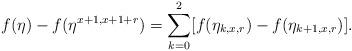
LaTeX: \begin{align*}f(\eta) - f(\eta^{x+1, x+1+r}) = \sum_{k=0}^2 [f(\eta_{k,x,r}) - f(\eta_{k+1,x,r}) ].\end{align*}